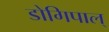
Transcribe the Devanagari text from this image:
डोगिपाल्